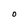
Character: O